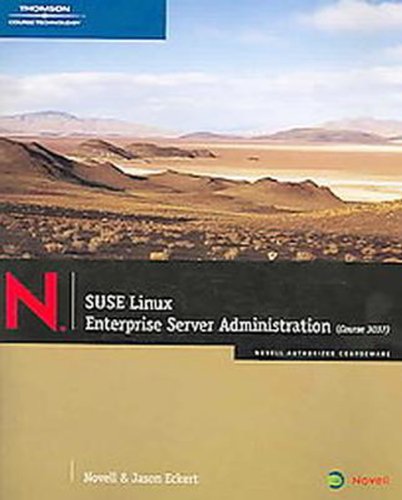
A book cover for SUSE Linux Enterprise Server Administration (Course 3037) (Novell Authorized Courseware); Jason W. Eckert; Computers & Technology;